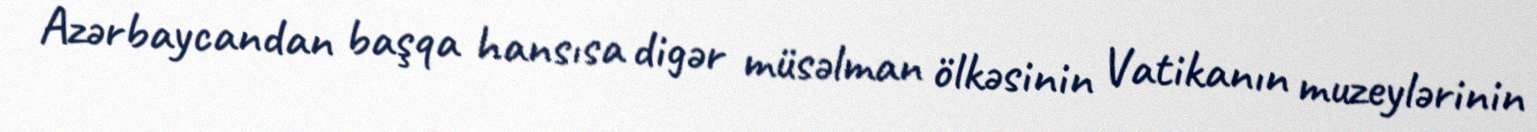
Azərbaycandan başqa hansısa digər müsəlman ölkəsinin Vatikanın muzeylərinin